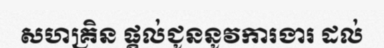
សហគ្រិន ផ្តល់ជូននូវការងារ ដល់